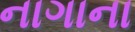
નાગાના